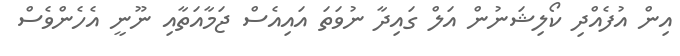
އިން އުފެއްދި ކޯލިޝަނުން އަލް ގައިދާ ނުވަތަ އައިއެސް ޖަމާއަތާއި ނޫނީ އެހެންވެސް